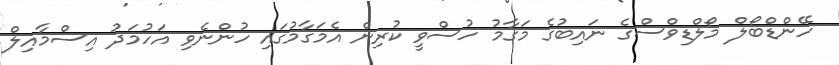
ހޭންޑްބޯލް މޯލްޑިވްސްގެ ނައިބުގެ މަގާމު ހުސްވީ ކުރިން އެމަގާމުގައި ހުންނެވި އަހުމަދު އިސްމާއިލް